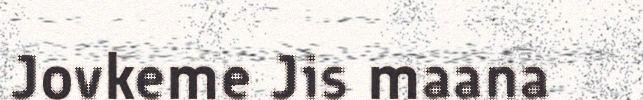
Jovkeme Jis maana